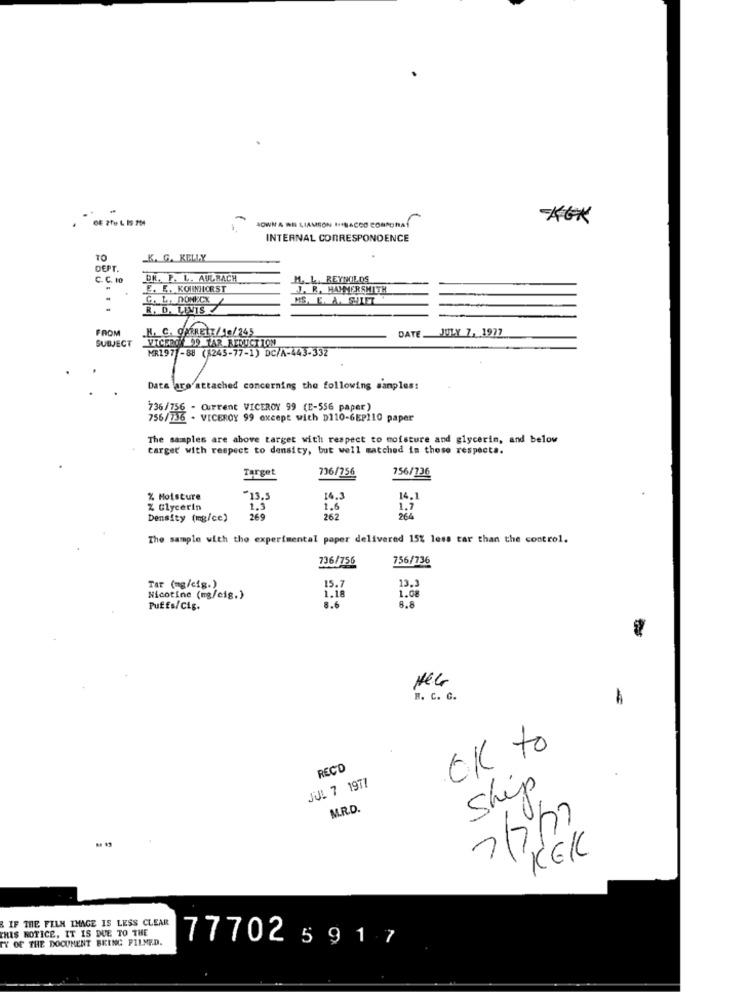
*G*
LOWN & RE LIAMSON HISBACCO COMMONAŤ
INTERNAL CORRESPONDENCE
TO
K. G. KELLY
DEPT.
C. C. 10
DR. P. L. AULRACH
M. L. BEYIVILOS
E. E. KOUMIORST
J. R. HAMMERSMITH
G, L. DONECK
R. D. LUIS
FROM
.K. C. OMRETT/ 10/245
DATE. JULY 7, 1977
SUBJECT
VICENTED TAR REDUCTION
MR1971-88 (1245-77-1) DC/A-443-332
Data are attached concerning the following samples:
736/756 - Current VICEROY 99 (E-556 paper)
756/736 - VICEROY 99 except with D110-6EP110 paper
The samples are above target with respect to moisture and glycerin, and below
target with respect to density, but well matched in those respecte.
Target
736/756
756/736
% Moisture
-13.5
14.3
% Glycerin
1.6
Density (mg/ce)
269
262
The sample with the experimental paper delivered 15% less tar than the control.
736/756
756/736
Tar (mg/cig.)
13.
Nicotine (mg/cig.)
1.08
Puffs/cig.
8.8
HEG
H. C. C.
OK to
REC'D
JUL 7 1977
Ship
M.R.D.
KEK
IF THE FILM IMAGE IS LESS CLEAR
THIS NOTICE, IT IS DUE TO THE
TY OF THE DOCUMENT BRING FILME.D.
77702 5917